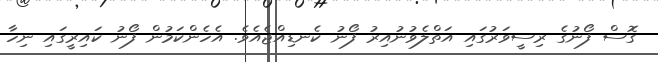
ގޮސް ފޯނުގެ ރިސީވަރުގައި އަތްލެވުނުއިރު ފޯނު ކެނޑިއްޖެއެވެ. އެހެންކަމުން ފޯނު ކައިރީގައި ނިހާ